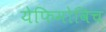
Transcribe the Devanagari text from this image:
येफिमोविच